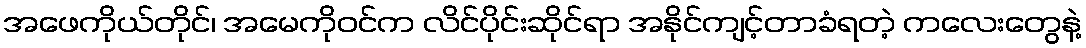
အဖေကိုယ်တိုင်၊ အမေကိုဝင်က လိင်ပိုင်းဆိုင်ရာ အနိုင်ကျင့်တာခံရတဲ့ ကလေးတွေနဲ့